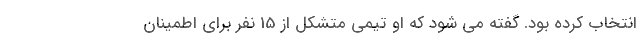
انتخاب کرده بود. گفته می شود که او تیمی متشکل از 15 نفر برای اطمینان